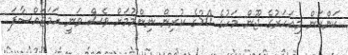
ކަންކަން މިއަހަރުގެ ޖޫން މަހުގެ 30ގެ ކުރިން ނިންމުމަށް ވެސް ވަނީ ހަމަޖައްސާފަ